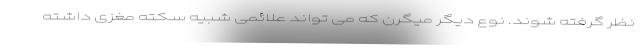
نظر گرفته شوند. نوع دیگر میگرن که می تواند علائمی شبیه سکته مغزی داشته